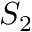
S _ { 2 }